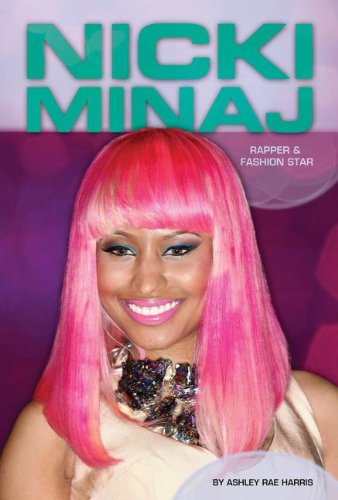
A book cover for Nicki Minaj: Rapper & Fashion Star (Contemporary Lives); Ashley Rae Harris; Teen & Young Adult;